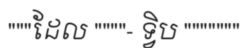
"""ដែល """"- ទ្វិប """""""